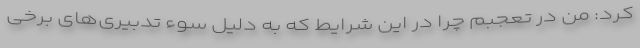
کرد: من در تعجبم چرا در این شرایط که به دلیل سوء تدبیری‌های برخی